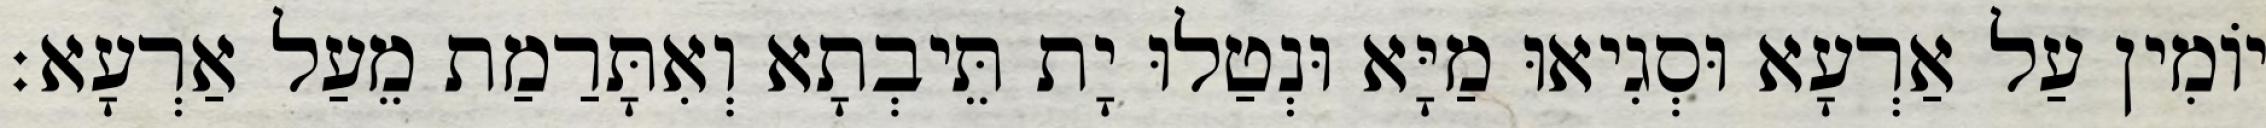
יוֹמִין עַל אַרְעָא וּסְגִיאוּ מַיָּא וּנְטַלוּ יָת תֵּיבְתָא וְאִתָּרַמַת מֵעַל אַרְעָא׃